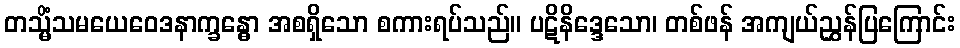
တသ္မိံသမယေဝေဒနာက္ခန္ဓော အစရှိသော စကားရပ်သည်။ ပဋိနိဒ္ဒေသော၊ တစ်ဖန် အကျယ်ညွှန်ပြကြောင်း